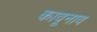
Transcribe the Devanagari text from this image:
कावूनाव